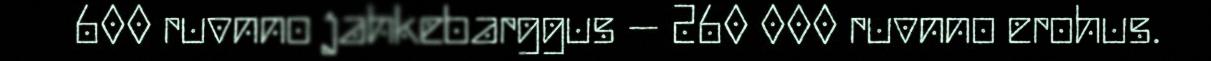
600 ruvnno jahkebarggus – 260 000 ruvnno erohus.